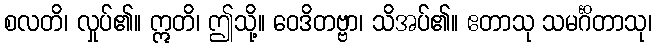
စလတိ၊ လှုပ်၏။ ဣတိ၊ ဤသို့။ ဝေဒိတဗ္ဗာ၊ သိအပ်၏။ ဧတာသု သမင်္ဂိတာသု၊